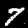
Digit: 7